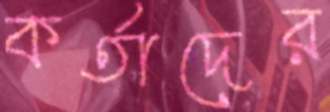
কর্তাদের